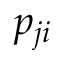
p _ { j i }